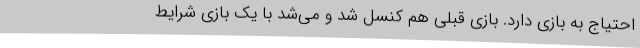
احتیاج به بازی دارد. بازی قبلی هم کنسل شد و می‌شد با یک بازی شرایط